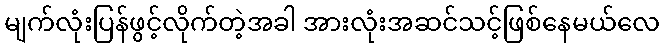
မျက်လုံးပြန်ဖွင့်လိုက်တဲ့အခါ အားလုံးအဆင်သင့်ဖြစ်နေမယ်လေ